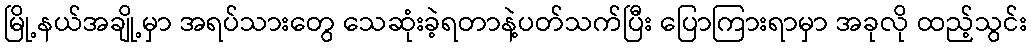
မြို့နယ်အချို့မှာ အရပ်သားတွေ သေဆုံးခဲ့ရတာနဲ့ပတ်သက်ပြီး ပြောကြားရာမှာ အခုလို ထည့်သွင်း